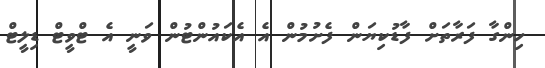
ހިންގާ ފަރާތަށް ފާޑުކިޔަން ފެށުމުން އެ އެކައުންޓުން ވަނީ އެ ޓްވީޓް ޑިލީޓް